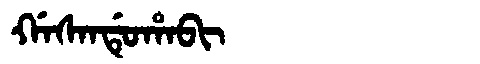
Manchu: ᡤᠠᠰᠠᠨᡩᡠᡥᠠᠪᡳ
Romanization: GASANDUHABI